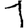
Digit: 1